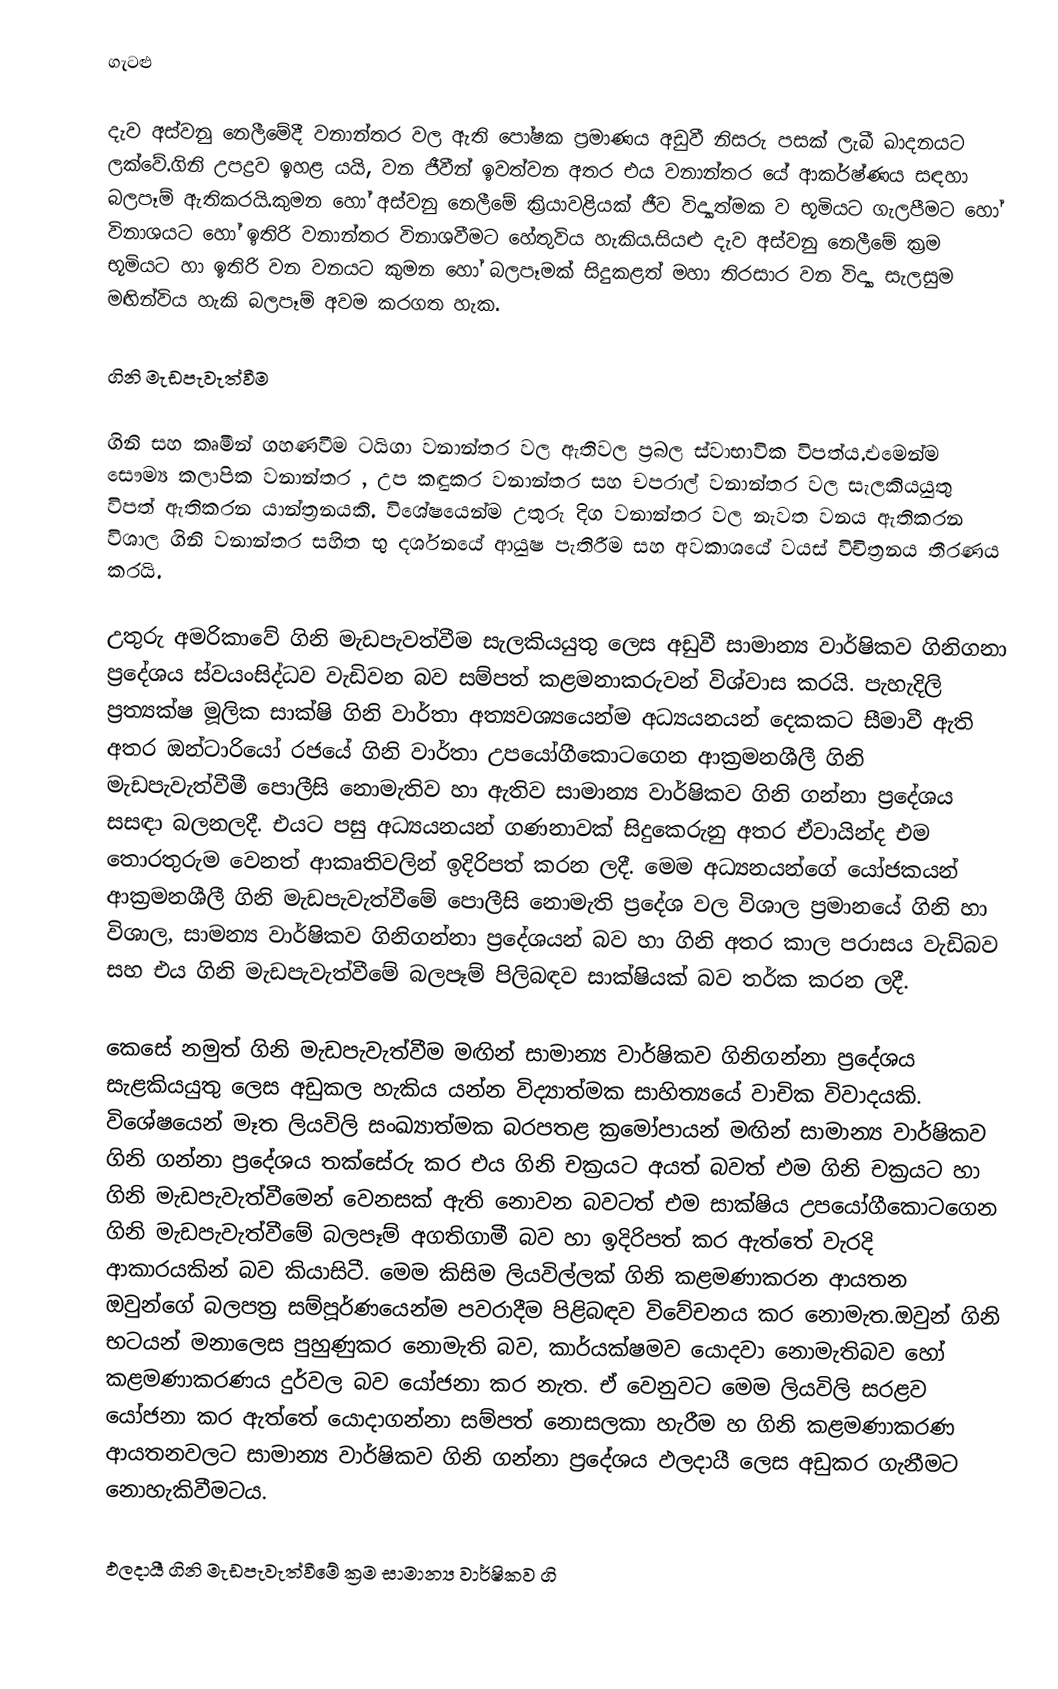
ගැටළු

දැව අස්වනු නෙලීමේදී වනාන්තර  වල ඇති පෝෂක ප්‍රමාණය  අඩුවී නිසරු පසක් ලැබී ඛාදනයට ලක්වේ.ගිනි උපද්‍රව ඉහළ යයි, වන ජීවීන් ඉවත්වන අතර එය වනාන්තර යේ ආකර්ෂ්ණය සඳහා බලපෑම් ඇතිකරයි.කුමන හෝ අස්වනු නෙලීමේ ක්‍රියාවළියක් ජීව විද්‍යාත්මක ව භූමියට ගැලපීමට හෝ විනාශයට හෝ ඉතිරි වනාන්තර  විනාශවීමට හේතුවිය හැකිය.සියළු දැව අස්වනු නෙලීමේ ක්‍රම භූමියට හා ඉතිරි වන වනයට කුමන හෝ බලපෑමක් සිදුකළත් මහා තිරසාර වන විද්‍යා සැලසුම මඟින්විය හැකි බලපෑම් අවම කරගත හැක.

ගිනි මැඩපැවැත්වීම

ගිනි සහ කෘමීන් ගහණවීම ටයිගා වනාන්තර  වල ඇතිවල ප්‍රබල ස්වාභාවික විපත්ය.එමෙන්ම සෞම්‍ය කලාපික වනාන්තර , උප කඳුකර වනාන්තර සහ චපරාල් වනාන්තර  වල සැලකියයුතු විපත් ඇතිකරන යාන්ත්‍රනයකි. විශේෂයෙන්ම උතුරු දිග වනාන්තර  වල නැවත වනය ඇතිකරන විශාල ගිනි වනාන්තර  සහිත භු දර්ශනයේ ආයුෂ පැතිරීම සහ අවකාශයේ වයස් විචිත්‍රනය තීරණය කර‍යි.

උතුරු අමරිකාවේ ගිනි මැඩපැවත්වීම සැලකියයුතු ලෙස අඩුවී සාමාන්‍ය වාර්ෂිකව ගිනිගනා ප්‍රදේශය ස්වයංසිද්ධව වැඩිවන බව සම්පත් කළමනාකරුවන් විශ්වාස කරයි. පැහැදිලි ප්‍රත්‍යක්ෂ මූලික සාක්ෂි ගිනි වාර්තා අත්‍යවශ්‍යයෙන්ම අධ්‍යයනයන් දෙකකට සීමාවී ඇති අතර ඔන්ටාරියෝ රජයේ ගිනි වාර්තා උපයෝගීකොටගෙන ආක්‍රමනශීලී ගිනි මැඩපැවැත්වීමී පොලීසි නොමැතිව හා ඇතිව සාමාන්‍ය වාර්ෂිකව ගිනි ගන්නා ප්‍රදේශය සසඳා බලනලදී. එයට පසු අධ‍්‍යයනයන් ගණනාවක් සිදුකෙරුනු අතර  ඒවායින්ද එම තොරතුරුම වෙනත් ආකෘතිවලින් ඉදිරිපත් කරන ලදී. මෙම අධ්‍යනයන්ගේ යෝජකයන් ආක්‍රමනශීලී ගිනි මැඩපැවැත්වීමේ පොලීසි නොමැති ප්‍රදේශ වල විශාල ප්‍රමානයේ ගිනි හා විශාල, සාමන්‍ය වාර්ෂිකව ගිනිගන්නා ප්‍රදේශයන් බව හා ගිනි අතර කාල පරාසය වැඩිබව සහ එය ගිනි මැඩපැවැත්වීමේ බලපෑම් පිලිබඳව සාක්ෂියක් බව තර්ක කරන ලදී.

කෙසේ නමුත් ගිනි  මැඩපැවැත්වීම මඟින් සාමාන්‍ය වාර්ෂිකව ගිනිගන්නා ප්‍රදේශය සැළකියයුතු ලෙස අඩුකල හැකිය යන්න විද්‍යාත්මක සාහිත්‍යයේ වාචික විවාදයකි. විශේෂයෙන් මෑත ලියවිලි සංඛ්‍යාත්මක බරපතළ ක්‍රමෝපායන් මඟින් සාමාන්‍ය වාර්ෂිකව ගිනි ගන්නා ප්‍රදේශය තක්සේරු කර එය ගිනි චක්‍රයට අයත් බවත් එම ගිනි චක්‍රයට හා ගිනි මැඩපැවැත්වීමෙන් වෙනසක් ඇති නොවන බවටත් එම සාක්ෂිය  උපයෝගීකොටගෙන ගිනි මැඩපැවැත්වීමේ බලපෑම් අගතිගාමී බව හා ඉදිරිපත් කර ඇත්තේ වැරදි ආකාරයකින් බව කියාසිටී. මෙම කිසිම ලියවිල්ලක් ගිනි කළමණාකරන ආයතන ඔවුන්ගේ බලපත්‍ර සම්පූර්ණයෙන්ම පවරාදීම පිළිබඳව විවේචනය කර නොමැත.ඔවුන් ගිනි භටයන් මනාලෙස පුහුණුකර නොමැති බව, කාර්යක්ෂමව යොදවා නොමැතිබව හෝ කළමණාකරණය  දුර්වල බව යෝජනා කර නැත. ඒ වෙනුවට මෙම ලියවිලි සරළව යෝජනා කර ඇත්තේ යොදාගන්නා සම්පත් නොසලකා හැරීම හ ගිනි කළමණාකරණ ආයතනවලට සාමාන්‍ය වාර්ෂිකව ගිනි ගන්නා ප්‍රදේශය ඵලදායී ලෙස අඩුකර ගැනීමට නොහැකිවීමටය.

ඵලදායී ගිනි මැඩපැවැත්වීමේ ක්‍රම සාමාන්‍ය වාර්ෂිකව ගි